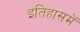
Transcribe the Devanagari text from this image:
इतिहासमें